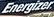
Energizer